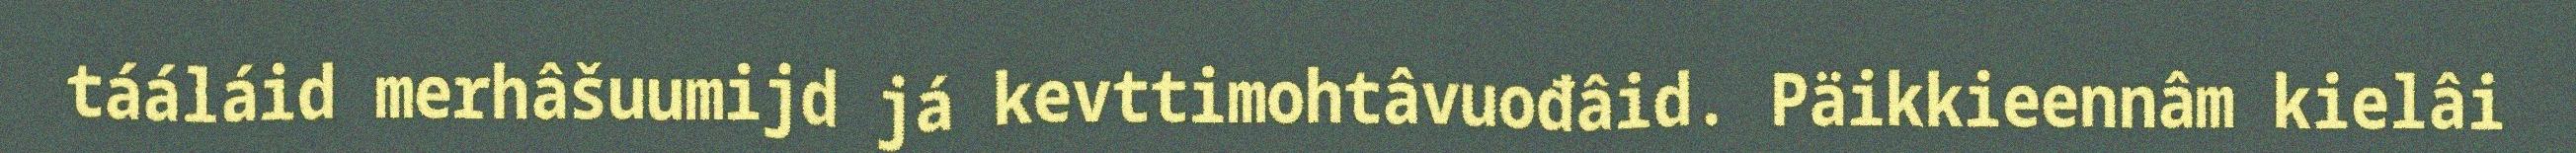
tááláid merhâšuumijd já kevttimohtâvuođâid. Päikkieennâm kielâi